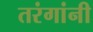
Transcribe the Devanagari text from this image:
तरंगांनी